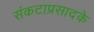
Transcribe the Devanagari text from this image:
संकटाप्रसादके